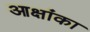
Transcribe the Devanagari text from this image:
आक्षांका